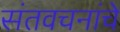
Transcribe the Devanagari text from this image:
संतवचनांचे